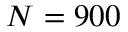
N = 9 0 0